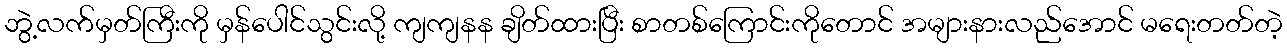
ဘွဲ့လက်မှတ်ကြီးကို မှန်ပေါင်သွင်းလို့ ကျကျနန ချိတ်ထားပြီး စာတစ်ကြောင်းကိုတောင် အများနားလည်အောင် မရေးတတ်တဲ့